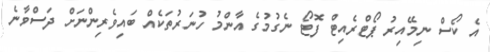
އެ ކޯސް ނިމޭއިރު ޕޯޓްރެއިޓް ފޮޓޯ ނެގުމުގެ އާންމު ހުނަރުތަކެއް ބައިވެރިންނަށް ދަސްވާނެ